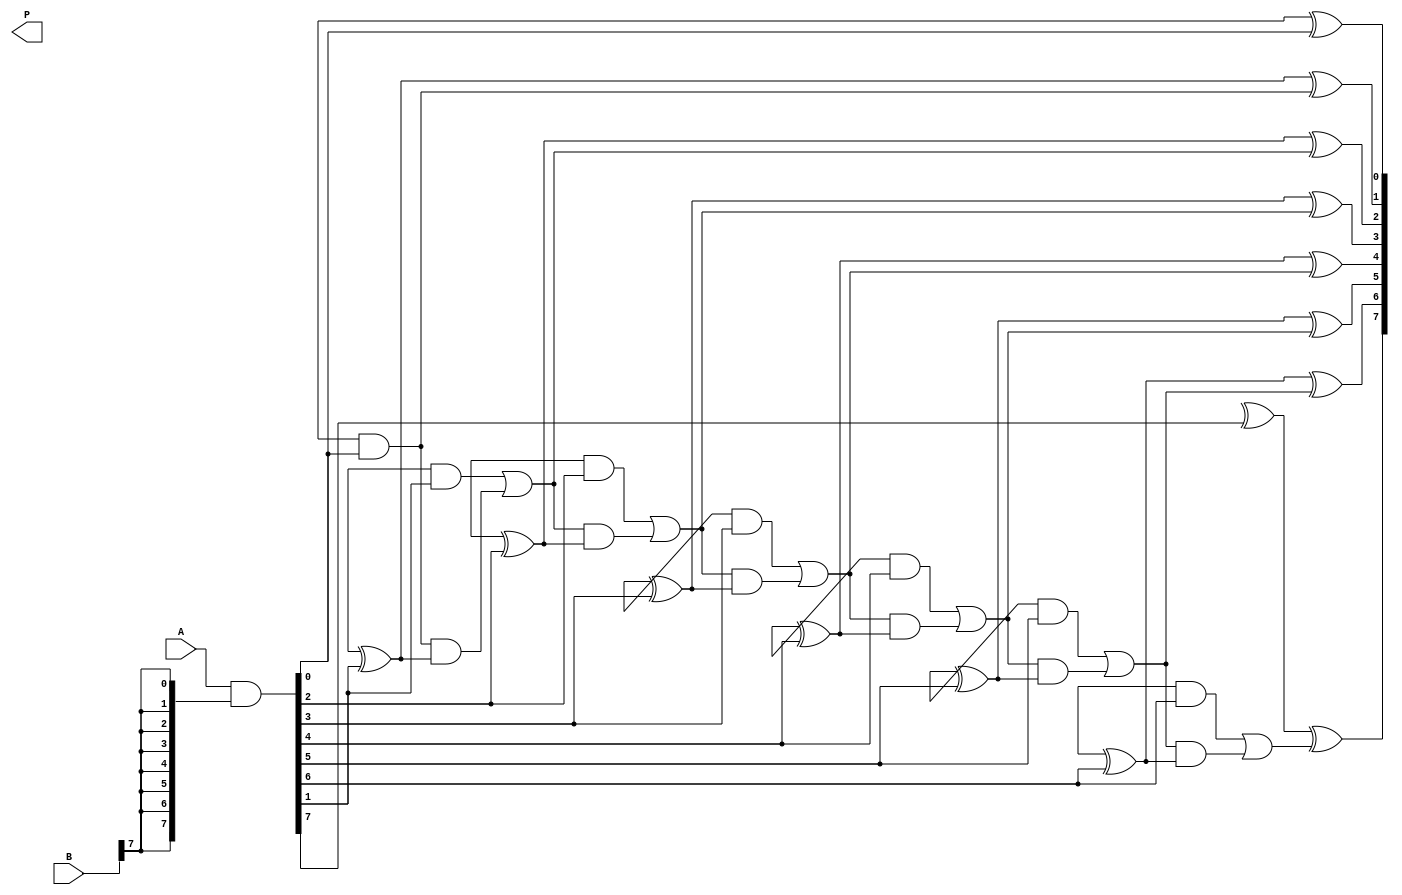
module wallace_tree_multiplier #(
    parameter N = 8 // Bit width of the inputs
)(
    input wire [N-1:0] A, // First operand
    input wire [N-1:0] B, // Second operand
    output wire [2*N-1:0] P // Product output
);

    // Partial products
    wire [N-1:0] pp [0:N-1]; // Partial products

    // Generate partial products
    genvar i, j;
    generate
        for (i = 0; i < N; i = i + 1) begin : generate_partial_products
            assign pp[i] = A & {N{B[i]}}; // AND A with each bit of B
        end
    endgenerate

    // Reduction stage
    wire [N+2-1:0] sum [0:N-1]; // Sums from adders
    wire [N-1:0] carry [0:N-1]; // Carries from adders

    // First stage of reduction using half adders and full adders
    genvar k;
    generate
        for (k = 0; k < N; k = k + 1) begin : reduction_stage_1
            if (k == 0) begin
                assign sum[k][0] = pp[0][0];
                assign carry[k][0] = 1'b0; // No carry for the first bit
            end else if (k == 1) begin
                // Half adder for the first two bits
                assign sum[k][0] = pp[0][1] ^ pp[1][0];
                assign carry[k][0] = pp[0][1] & pp[1][0];
            end else begin
                // Full adder for three inputs
                assign sum[k][0] = pp[0][k] ^ pp[1][k-1] ^ carry[k-1][0];
                assign carry[k][0] = (pp[0][k] & pp[1][k-1]) | (carry[k-1][0] & (pp[0][k] ^ pp[1][k-1]));
            end
        end
    endgenerate

    // Continue reduction until we have 2 rows of bits
    wire [N+1-1:0] final_sum [0:1]; // Final sums
    wire [N-1:0] final_carry; // Final carry

    // Final addition stage using a simple adder (ripple carry)
    assign final_sum[0] = {1'b0, sum[N-1][N+1:1]}; // Extend by one bit for addition
    assign final_sum[1] = {1'b0, pp[N-1]}; // Extend by one bit for addition

    // Final addition
    assign final_carry[0] = 1'b0; // Initial carry
    genvar m;
    generate
        for (m = 0; m < (N + 1); m = m + 1) begin : final_adder
            if (m == 0) begin
                assign P[m] = final_sum[0][m] ^ final_sum[1][m];
                assign final_carry[m + 1] = final_sum[0][m] & final_sum[1][m];
            end else begin
                assign P[m] = final_sum[0][m] ^ final_sum[1][m] ^ final_carry[m];
                assign final_carry[m + 1] = (final_sum[0][m] & final_sum[1][m]) |
                                             (final_carry[m] & (final_sum[0][m] ^ final_sum[1][m]));
            end
        end
    endgenerate

    // Assign the final product
    assign P[2*N-1:N] = final_sum[0][2:N+1] + final_sum[1][N-1:0] + final_carry[N + 1];

endmodule